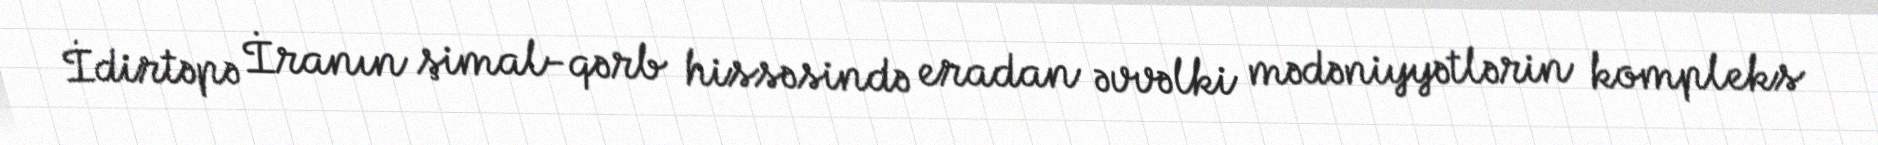
İdirtəpə İranın şimal-qərb hissəsində eradan əvvəlki mədəniyyətlərin kompleks